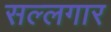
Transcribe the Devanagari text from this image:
सल्लगार